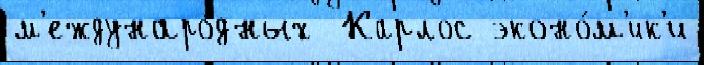
м'еждунаро́дных  Карлос эконо́м'ик'и